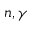
n , \gamma